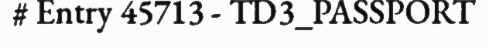
# Entry 45713 - TD3_PASSPORT